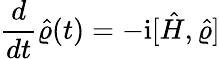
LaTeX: \frac{d}{dt}\hat{\varrho}(t)=-\mathrm{i}[\hat{H},\hat{\varrho}]